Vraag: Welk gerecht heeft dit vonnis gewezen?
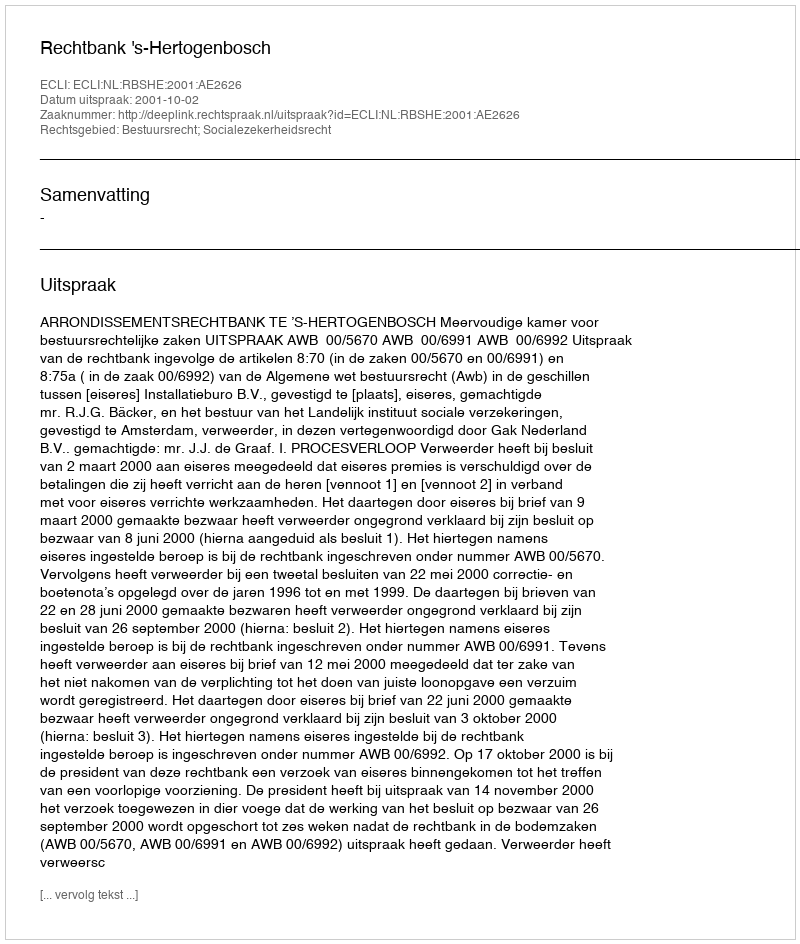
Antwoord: Rechtbank 's-Hertogenbosch